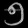
Digit: ၅